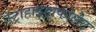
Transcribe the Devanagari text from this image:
टेट्राहाइड्रोफोलेट